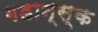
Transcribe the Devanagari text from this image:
गडान्स्क